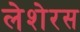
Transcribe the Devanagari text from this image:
लेशेरस